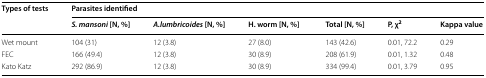
| <ROWSPAN=2> Types of tests | <COLSPAN=6> Parasites identified |
 | S. mansoni [N, %] | A.lumbricoides [N, %] | H. worm [N, %] | Total [N, %] | P, χ2 | Kappa value |
 | --- | --- | --- | --- | --- | --- | --- |
 | Wet mount | 104 (31) | 12 (3.8) | 27 (8.0) | 143 (42.6) | 0.01, 72.2 | 0.29 |
 | FEC | 166 (49.4) | 12 (3.8) | 30 (8.9) | 208 (61.9) | 0.01, 1.32 | 0.48 |
 | Kato Katz | 292 (86.9) | 12 (3.8) | 30 (8.9) | 334 (99.4) | 0.01, 3.79 | 0.95 |